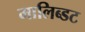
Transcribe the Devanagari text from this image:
मालिब्डट